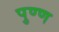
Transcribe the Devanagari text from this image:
पुण्ण